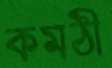
কমঠী